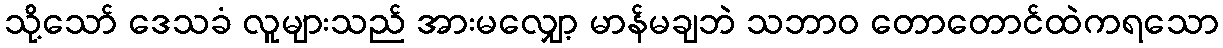
သို့သော် ဒေသခံ လူများသည် အားမလျှော့ မာန်မချဘဲ သဘာဝ တောတောင်ထဲကရသော